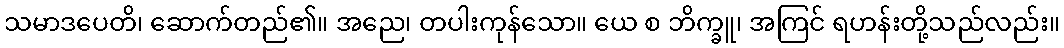
သမာဒပေတိ၊ ဆောက်တည်၏။ အညေ၊ တပါးကုန်သော။ ယေ စ ဘိက္ခူ၊ အကြင် ရဟန်းတို့သည်လည်း။